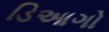
ડિઆગો